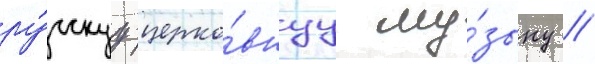
ру́сскуу церко́внуу му́зыку //